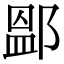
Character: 𨜵